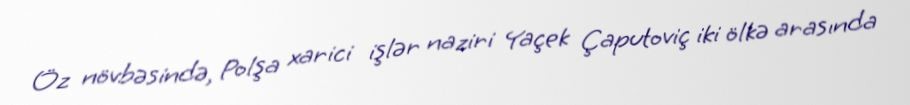
Öz növbəsində, Polşa xarici işlər naziri Yaçek Çaputoviç iki ölkə arasında